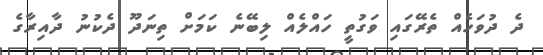
ދެ ދުވަހެއް ތެރޭގައި ވަގުތީ ހައްލެއް ލިބޭނެ ކަމަށް ތިނަދޫ ދެކުނު ދާއިރާގެ